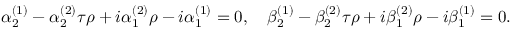
\alpha _ { 2 } ^ { ( 1 ) } - \alpha _ { 2 } ^ { ( 2 ) } \tau \rho + i \alpha _ { 1 } ^ { ( 2 ) } \rho - i \alpha _ { 1 } ^ { ( 1 ) } = 0 , \ \ \ \beta _ { 2 } ^ { ( 1 ) } - \beta _ { 2 } ^ { ( 2 ) } \tau \rho + i \beta _ { 1 } ^ { ( 2 ) } \rho - i \beta _ { 1 } ^ { ( 1 ) } = 0 .